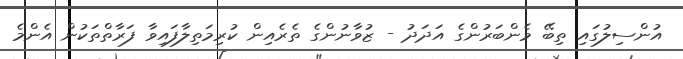
އުންސިލުގައި ތިބޭ މެންބަރުންގެ އަދަދު - ޒުވާނުންގެ ތެރެއިން ކުރިމަތިލާފައިވާ ފަރާތްތަކުން އެންމެ